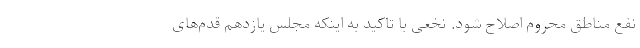
نفع مناطق محروم اصلاح شود. نخعی با تاکید به اینکه مجلس یازدهم قدم‌های